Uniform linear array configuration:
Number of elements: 8
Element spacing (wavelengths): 0.75
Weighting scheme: kaiser
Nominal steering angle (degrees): -60
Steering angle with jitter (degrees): -58.575
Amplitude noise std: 0.05
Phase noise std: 0.05

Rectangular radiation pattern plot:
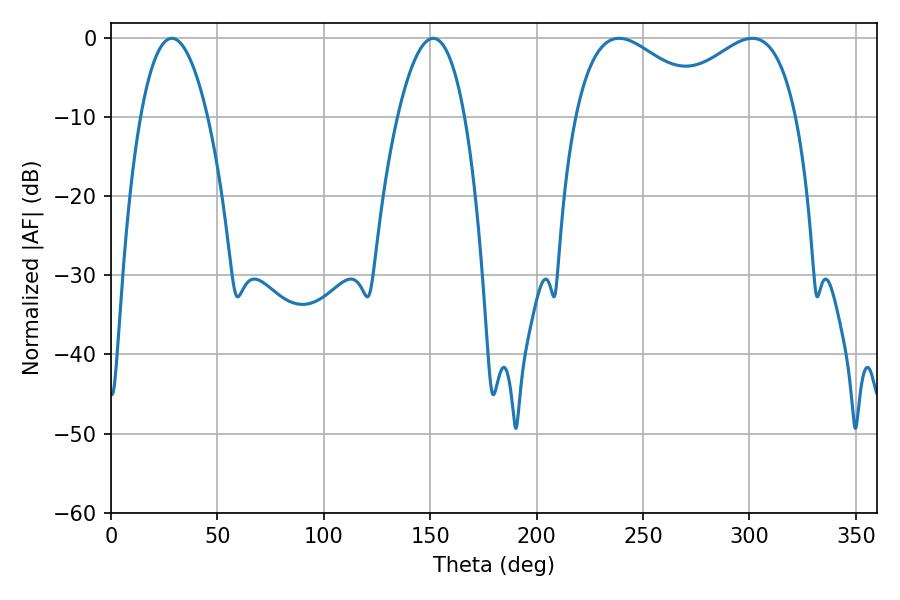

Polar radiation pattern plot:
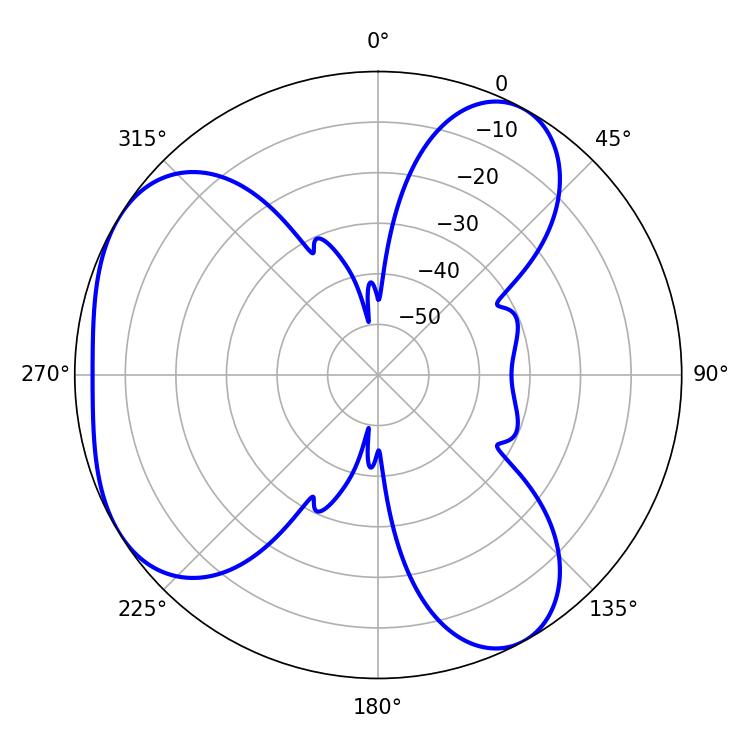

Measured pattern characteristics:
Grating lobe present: TRUE
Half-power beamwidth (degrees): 17.46
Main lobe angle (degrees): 28.62